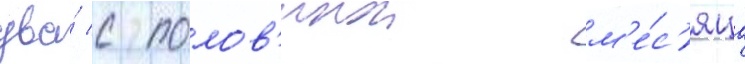
два́ с полов'инои м'е́с'яца